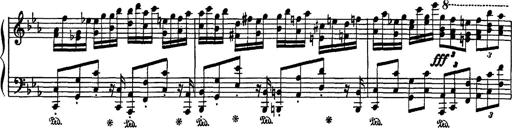
Title: Fantaisie sur des motifs favoris de l'opÃ©ra 'La sonnambula'
Composer: Franz Liszt